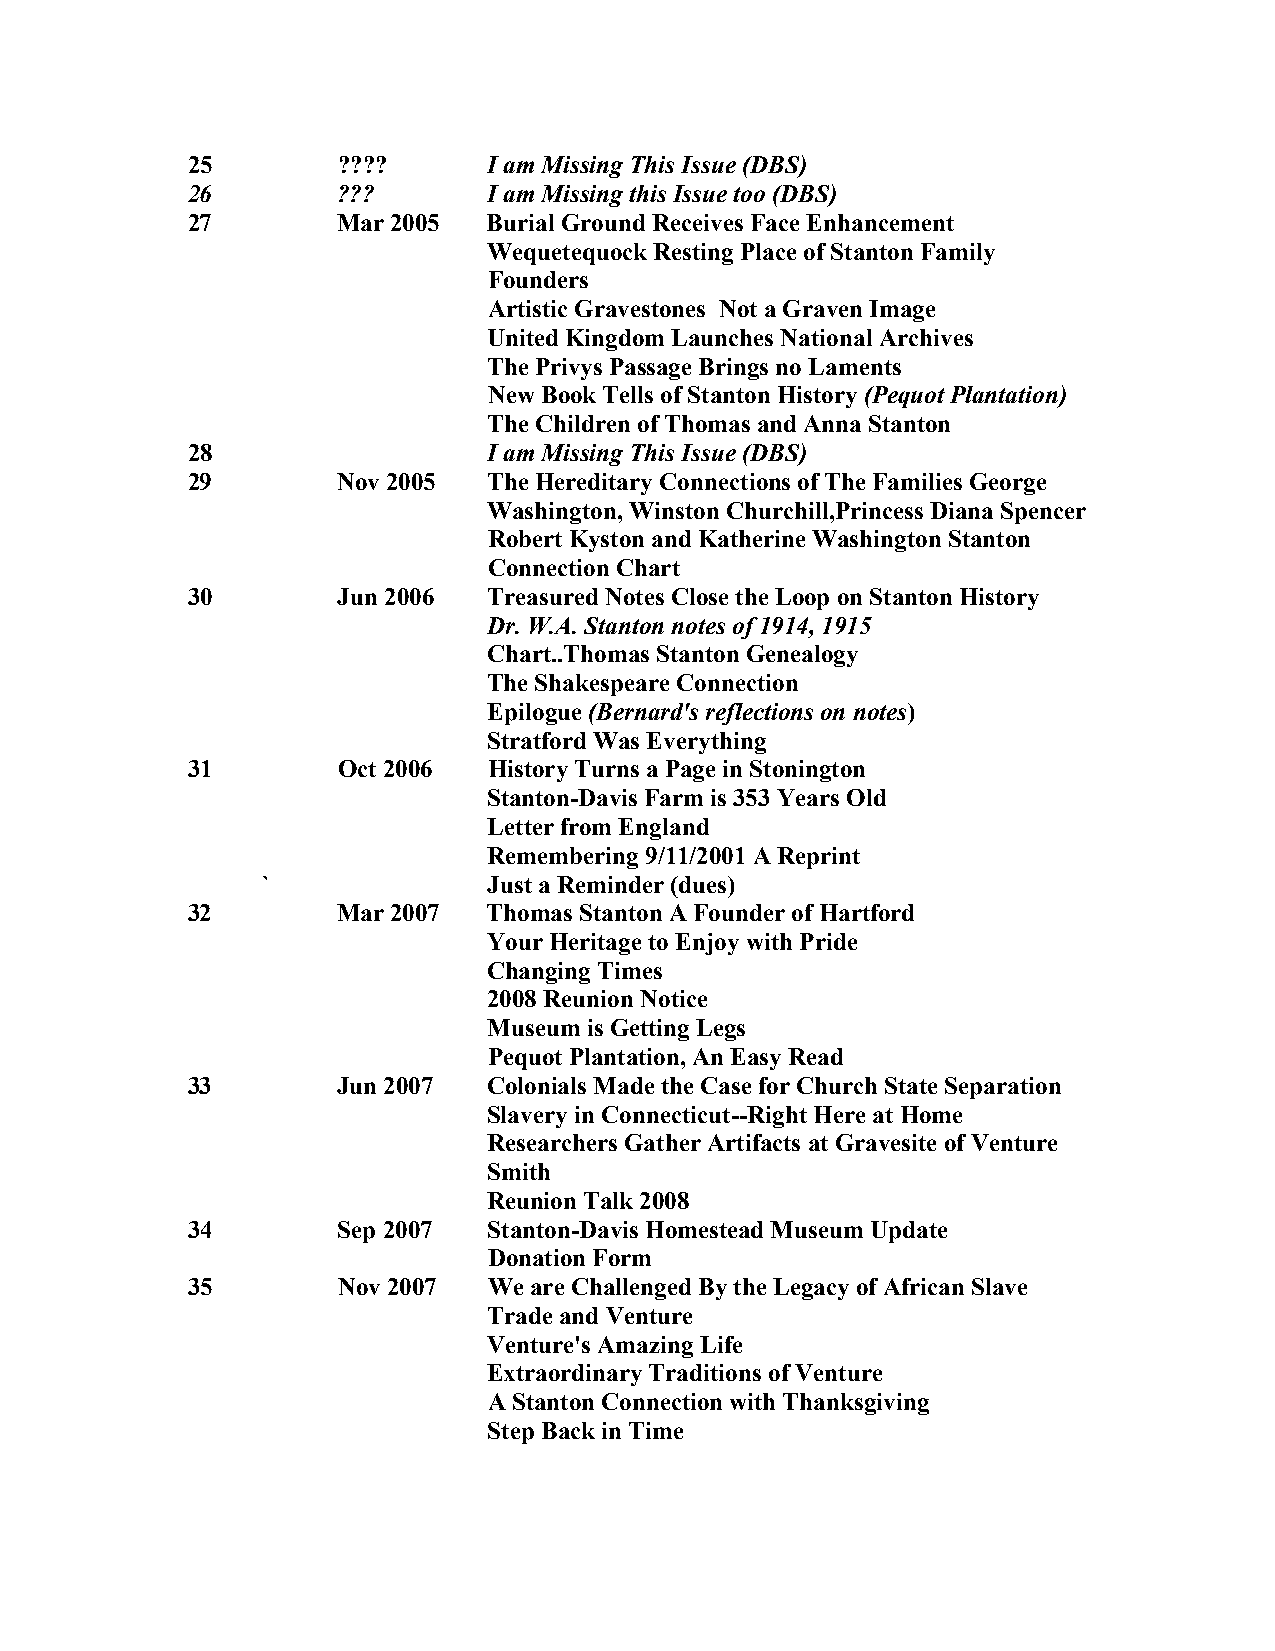
25        ????      I am Missing This Issue (DBS)
 26        ???       I am Missing this Issue too (DBS)
 27        Mar 2005  Burial Ground Receives Face Enhancement
 Wequetequock Resting Place of Stanton Family
 Founders
 Artistic Gravestones Not a Graven Image
 United Kingdom Launches National Archives
 The Privys Passage Brings no Laments
 New Book Tells of Stanton History (Pequot Plantation)
 The Children of Thomas and Anna Stanton
 28                  I am Missing This Issue (DBS)
 29        Nov 2005  The Hereditary Connections of The Families George
 Washington, Winston Churchill,Princess Diana Spencer
 Robert Kyston and Katherine Washington Stanton
 Connection Chart
 30        Jun 2006  Treasured Notes Close the Loop on Stanton History
 Dr. W.A. Stanton notes of 1914, 1915
 Chart..Thomas Stanton Genealogy
 The Shakespeare Connection
 Epilogue (Bernard's reflections on notes)
 Stratford Was Everything
 31        Oct 2006  History Turns a Page in Stonington
 Stanton-Davis Farm is 353 Years Old
 Letter from England
 Remembering 9/11/2001 A Reprint
 `              Just a Reminder (dues)
 32        Mar 2007  Thomas Stanton A Founder of Hartford
 Your Heritage to Enjoy with Pride
 Changing Times
 2008 Reunion Notice
 Museum is Getting Legs
 Pequot Plantation, An Easy Read
 33        Jun 2007  Colonials Made the Case for Church State Separation
 Slavery in Connecticut--Right Here at Home
 Researchers Gather Artifacts at Gravesite of Venture
 Smith
 Reunion Talk 2008
 34        Sep 2007  Stanton-Davis Homestead Museum Update
 Donation Form
 35        Nov 2007  We are Challenged By the Legacy of African Slave
 Trade and Venture
 Venture's Amazing Life
 Extraordinary Traditions of Venture
 A Stanton Connection with Thanksgiving
 Step Back in Time